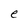
Character: e